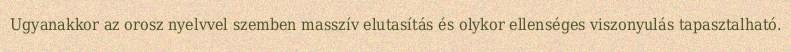
Ugyanakkor az orosz nyelvvel szemben masszív elutasítás és olykor ellenséges viszonyulás tapasztalható.